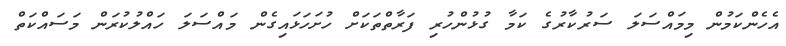
އެހެންކަމުން މިމައްސަލަ ސަރުކާރުގެ ކަމާ ގުޅުންހުރި ފަރާތްތަކަށް ހުށަހަޅައިގެން މައްސަލަ ހައްލުކުރަން މަސައްކަތް